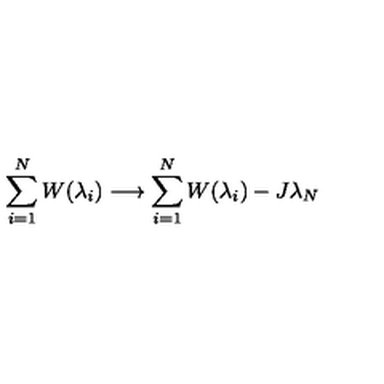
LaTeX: \sum _ { i = 1 } ^ { N } W ( \lambda _ { i } ) \longrightarrow \sum _ { i = 1 } ^ { N } W ( \lambda _ { i } ) - J \lambda _ { N }